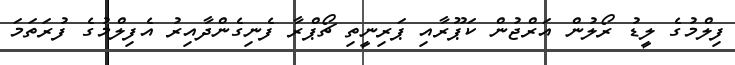
ފިލްމުގެ ލީޑު ރޯލުން އަރްޖުން ކަޕޫރާއި ޕަރިނީތި ޗޯޕްރާ ފެނިގެންދާއިރު އެފިލްމުގެ ފުރަތަމަ